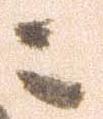
ニ